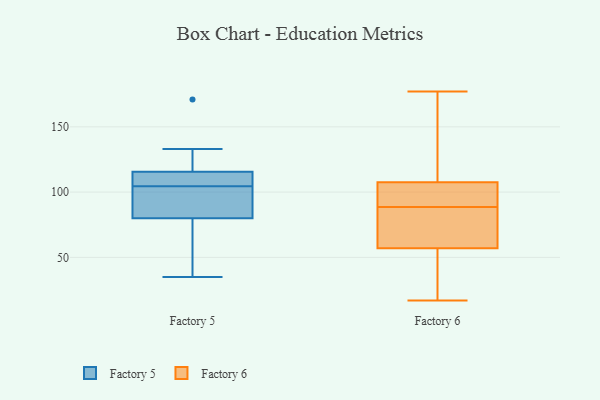
{"axis": {"x": "Shipments", "y": "Value"}, "legend": ["Factory 5", "Factory 6"], "data": [{"x": "", "y": 35, "type": "Factory 5"}, {"x": "", "y": 76, "type": "Factory 5"}, {"x": "", "y": 171, "type": "Factory 5"}, {"x": "", "y": 115, "type": "Factory 5"}, {"x": "", "y": 76, "type": "Factory 5"}, {"x": "", "y": 133, "type": "Factory 5"}, {"x": "", "y": 116, "type": "Factory 5"}, {"x": "", "y": 84, "type": "Factory 5"}, {"x": "", "y": 99, "type": "Factory 5"}, {"x": "", "y": 110, "type": "Factory 5"}, {"x": "", "y": 111, "type": "Factory 5"}, {"x": "", "y": 89, "type": "Factory 5"}, {"x": "", "y": 111, "type": "Factory 6"}, {"x": "", "y": 100, "type": "Factory 6"}, {"x": "", "y": 88, "type": "Factory 6"}, {"x": "", "y": 80, "type": "Factory 6"}, {"x": "", "y": 41, "type": "Factory 6"}, {"x": "", "y": 54, "type": "Factory 6"}, {"x": "", "y": 92, "type": "Factory 6"}, {"x": "", "y": 36, "type": "Factory 6"}, {"x": "", "y": 124, "type": "Factory 6"}, {"x": "", "y": 134, "type": "Factory 6"}, {"x": "", "y": 62, "type": "Factory 6"}, {"x": "", "y": 17, "type": "Factory 6"}, {"x": "", "y": 145, "type": "Factory 6"}, {"x": "", "y": 93, "type": "Factory 6"}, {"x": "", "y": 104, "type": "Factory 6"}, {"x": "", "y": 85, "type": "Factory 6"}, {"x": "", "y": 177, "type": "Factory 6"}, {"x": "", "y": 42, "type": "Factory 6"}, {"x": "", "y": 60, "type": "Factory 6"}, {"x": "", "y": 89, "type": "Factory 6"}]}